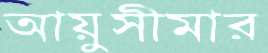
আয়ুসীমার